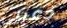
دعيني